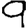
Digit: 9